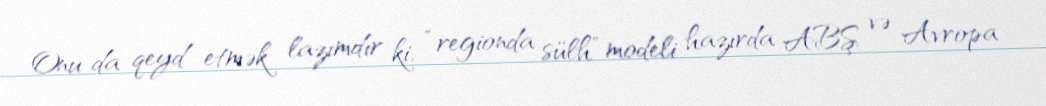
Onu da qeyd etmək lazımdır ki, “regionda sülh” modeli hazırda ABŞ və Avropa